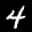
Label: 4